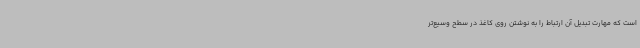
است که مهارت تبدیل آن ارتباط را به نوشتن روی کاغذ در سطح وسیع‌تر